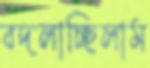
বদলাচ্ছিলাম